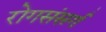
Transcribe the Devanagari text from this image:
रोगसंसर्ग